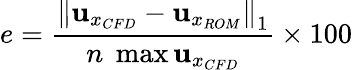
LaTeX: e=\frac{{\| {\mathbf{u}_{{x}_{CFD}}-\mathbf{u}_{x_{ROM}}}\| }_{1}}{n\; \operatorname*{max}{\mathbf{u}_{{x}_{CFD}}}}\times 100\